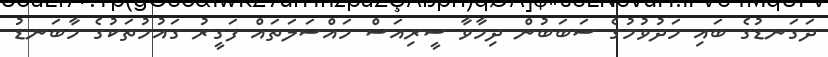
ދަގަނޑުގެ ބައި މަދުވުމުގެ ސަބަބުން ދިމާވާ ސީރިއަސް މައްސަލަތައް ފަގީރު ގައުމުތަކުގެ މާބަނޑު